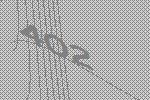
402